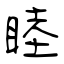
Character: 睦